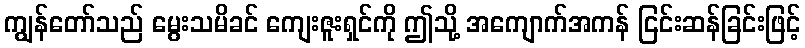
ကျွန်တော်သည် မွေးသမိခင် ကျေးဇူးရှင်ကို ဤသို့ အကျောက်အကန် ငြင်းဆန်ခြင်းဖြင့်